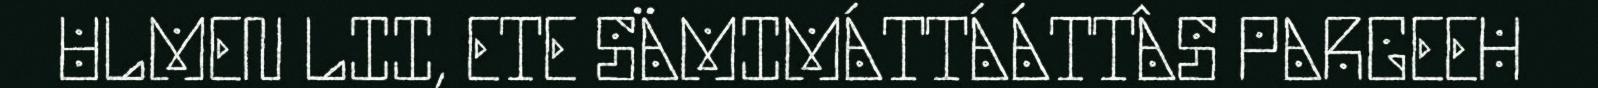
ULMEN LII, ETE SÄMIMÁTTÁÁTTÂS PARGEEH